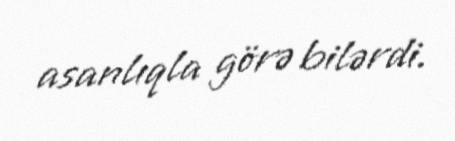
asanlıqla görə bilərdi.